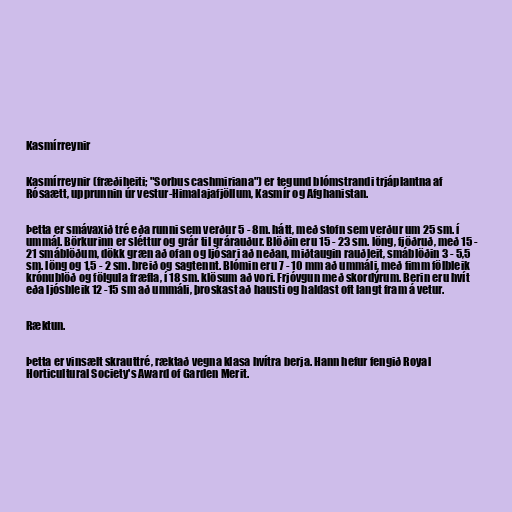
Kasmírreynir

Kasmírreynir (fræðiheiti; "Sorbus cashmiriana") er tegund blómstrandi trjáplantna af
Rósaætt, upprunnin úr vestur-Himalajafjöllum, Kasmír og Afghanistan.

Þetta er smávaxið tré eða runni sem verður 5 - 8m. hátt, með stofn sem verður um 25 sm. í
ummál. Börkurinn er sléttur og grár til grárauður. Blöðin eru 15 - 23 sm. löng, fjöðruð, með 15 -
21 smáblöðum, dökk græn að ofan og ljósari að neðan, miðtaugin rauðleit, smáblöðin 3 - 5,5
sm. löng og 1,5 - 2 sm. breið og sagtennt. Blómin eru 7 - 10 mm að ummáli, með fimm fölbleik
krónublöð og fölgula fræfla, í 18 sm. klösum að vori. Frjóvgun með skordýrum. Berin eru hvít
eða ljósbleik 12 -15 sm að ummáli, þroskast að hausti og haldast oft langt fram á vetur.

Ræktun.

Þetta er vinsælt skrauttré, ræktað vegna klasa hvítra berja. Hann hefur fengið Royal
Horticultural Society's Award of Garden Merit.